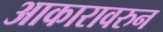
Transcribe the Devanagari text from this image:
आकारावरुन